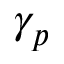
\gamma _ { p }